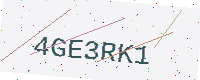
Text: 4GE3RK1